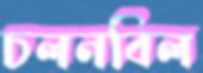
চলনবিল